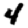
Digit: 4